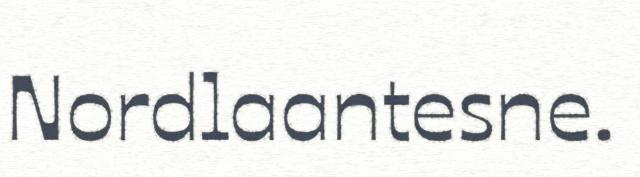
Nordlaantesne.